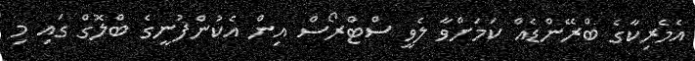
އެމެރިކާގެ ބްރޭންޑެއް ކަމަށްވާ ލެވީ ސްޓްރޯސް އިން އެކުންފުނީގެ ބްލޮގް ގައި މި